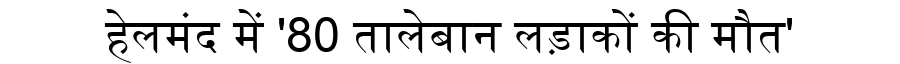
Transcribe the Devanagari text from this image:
हेलमंद में '80 तालेबान लड़ाकों की मौत'